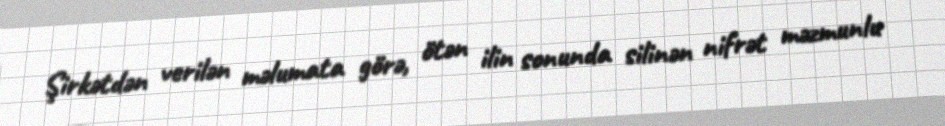
Şirkətdən verilən məlumata görə, ötən ilin sonunda silinən nifrət məzmunlu